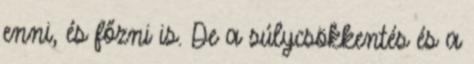
enni, és főzni is. De a súlycsökkentés és a